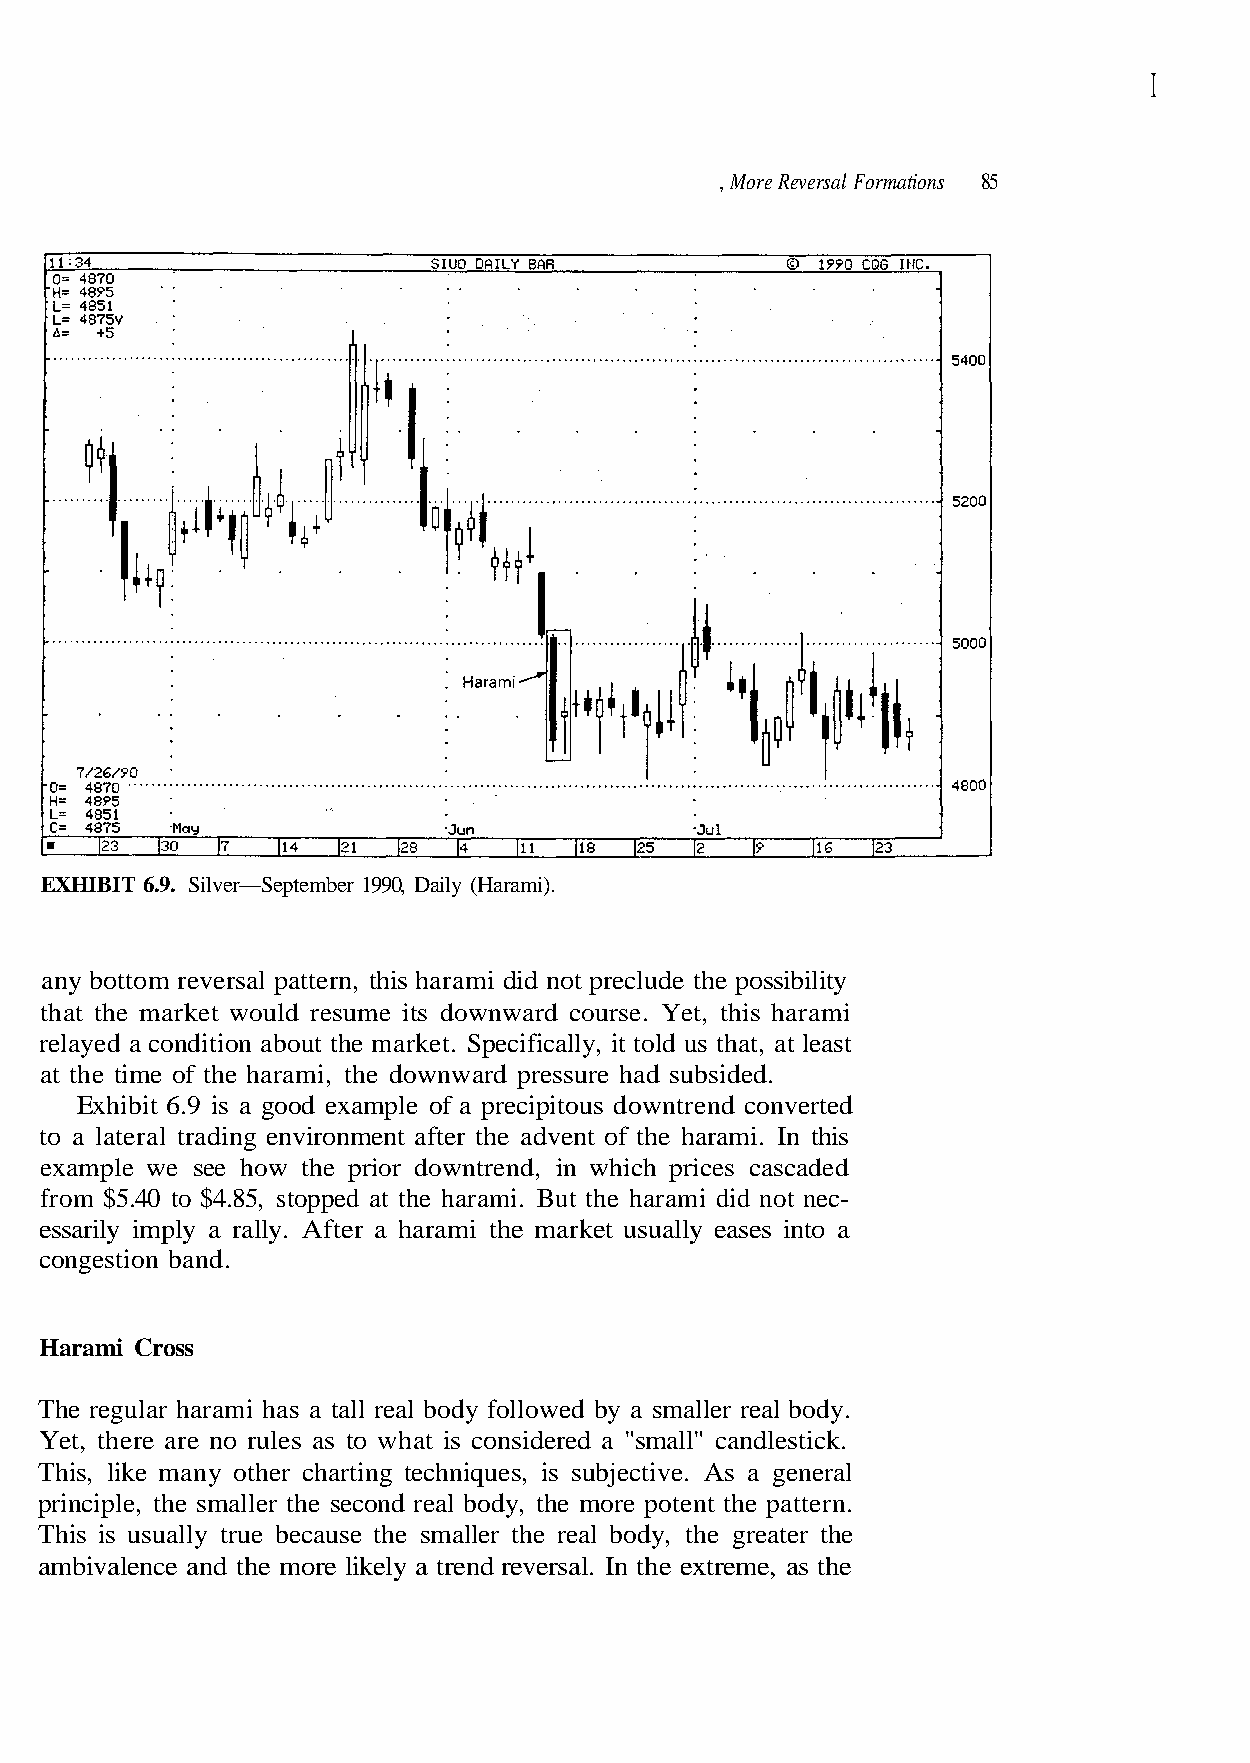
I
 , More Reversal Formations 85
 at the time of the harami, the downward pressure had subsided.
 Exhibit 6.9 is a good example of a precipitous downtrend converted
 example we see how the prior downtrend, in which prices cascaded
 congestion band.
 Harami Cross
 Yet, there are no rules as to what is considered a "small" candlestick.
 This, like many other charting techniques, is subjective. As a general
 principle, the smaller the second real body, the more potent the pattern.
 This is usually true because the smaller the real body, the greater the
 s i h t n I .
 i
 i
 m
 m
 a
 a
 r
 r
 a
 a
 h
 h
 s i
 e
 h
 h
 t
 t
 t,
 f
 e
 o
 Y
 t n
 . e
 e
 s
 v
 r ut
 d
 s
 oa
 a
 cle d
 at
 he
 ar
 at,
 t
 h
 a
 ownw
 old us t
 after
 ses into
 t
 a
 dt
 t
 e
 its
 ally, i
 men
 sually
 c
 u
 me
 cifi
 on
 ket
 upe
 r
 ar
 S
 i
 m
 s
 v
 d re
 arket.
 en
 mi the
 lm
 g
 a
 et wou
 bout the
 radin
 After a har
 a
 t
 EXHIBIT 6.9. Silver—September 1990, Daily (Harami).
 any bottom reversal pattern, this harami did not preclude the possibility
 that the mark
 relayed a condition
 to a lateral
 from $5.40 to $4.85, stopped at the harami. But the harami did not nec-
 essarily imply a rally.
 The regular harami has a tall real body followed by a smaller real body.
 ambivalence and the more likely a trend reversal. In the extreme, as the